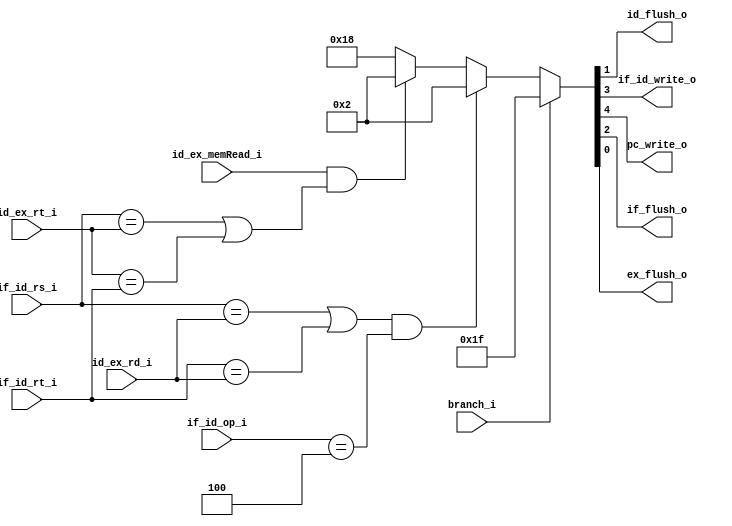
//Subject:     CO project 2 - ALU Controller
//--------------------------------------------------------------------------------
//Version:     1
//--------------------------------------------------------------------------------
//Writer:      
//----------------------------------------------
//Date:        
//----------------------------------------------
//Description: 
//--------------------------------------------------------------------------------

module Hazard_detection_unit(
		      branch_i,
		      if_id_op_i,
          if_id_rs_i,
          if_id_rt_i,
          id_ex_rt_i,
          id_ex_rd_i,
          id_ex_memRead_i,
          id_flush_o,
          if_id_write_o,
          pc_write_o,
          if_flush_o,
          ex_flush_o
          );
          
input       branch_i;
input [6-1:0]if_id_op_i;
input [5-1:0]if_id_rs_i;
input [5-1:0]if_id_rt_i;
input [5-1:0]id_ex_rt_i;
input [5-1:0]id_ex_rd_i;
input       id_ex_memRead_i;
parameter branch = 6'b000100;

output      if_id_write_o;
output      pc_write_o;

output      id_flush_o;
output      if_flush_o;
output      ex_flush_o;

reg [5-1:0] control_o;

assign {pc_write_o, if_id_write_o, if_flush_o, id_flush_o, ex_flush_o} = control_o;

always@(*) begin

        if(branch_i)
        //branch control hazard
        //flush instructions if_flush =1
        //if flush don't care of stall
        //if flush then  don't care  if_id write
        begin
        control_o = 5'b11111;          
        end
        else begin
          control_o = 5'b11000;
          //load use data hazard
          //force control values in ID/EX register to 0
          //id_flush =1
          //if_flush =0
          //if_id_write = 0 need to stall
          //use instruction is decoded again id_write =0
          //use instruction fetched again pc_write = 0
          //allow MEM to read data for lw ex_flush = 0
          if(id_ex_memRead_i == 1 && 
              (if_id_rs_i == id_ex_rt_i || ( id_ex_rt_i == if_id_rt_i)
            ))
            //stall and inserted bubble
          begin
              control_o = 5'b00010;//don't change
          end
            
          // Data hazards for branches
          if ((if_id_rs_i == id_ex_rd_i ||  if_id_rt_i==id_ex_rd_i ) &&if_id_op_i ==branch) 
          begin
          // stall and inserted bubble
              control_o = 5'b00010; //111 010 110 100 okay
          end
  
        end
end

endmodule